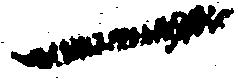
一